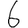
Digit: 6